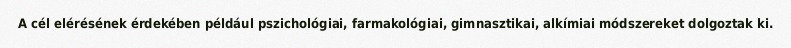
A cél elérésének érdekében például pszichológiai, farmakológiai, gimnasztikai, alkímiai módszereket dolgoztak ki.